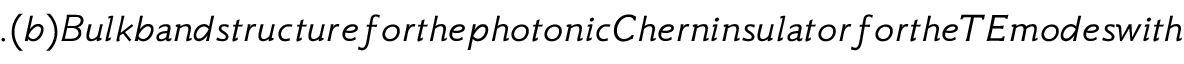
. ( b ) B u l k b a n d s t r u c t u r e f o r t h e p h o t o n i c C h e r n i n s u l a t o r f o r t h e T E m o d e s w i t h